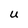
Character: U